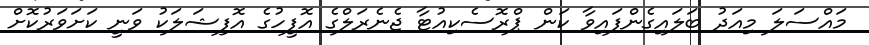
މައްސަލަ މިއަދު ބަލައިގެންފައިވާ ކަން ޕްރޮސެކިއުޓާ ޖެނެރަލްގެ އޮފީހުގެ އޮފިޝަލަކު ވަނީ ކަށަވަރުކޮށް